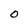
Character: O